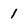
Character: 1